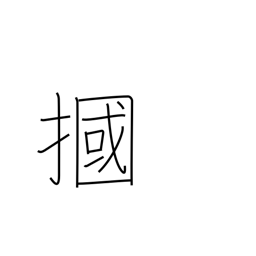
Meaning: box one's ears